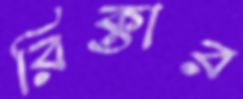
রিক্তার